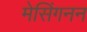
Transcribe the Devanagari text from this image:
मेसिंगनन